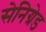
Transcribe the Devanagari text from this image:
सेनिग्रेड